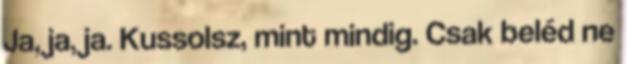
Ja, ja, ja. Kussolsz, mint mindig. Csak beléd ne